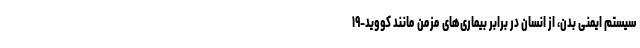
سیستم ایمنی بدن، از انسان در برابر بیماری‌های مزمن مانند کووید-۱۹